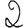
Digit: 2